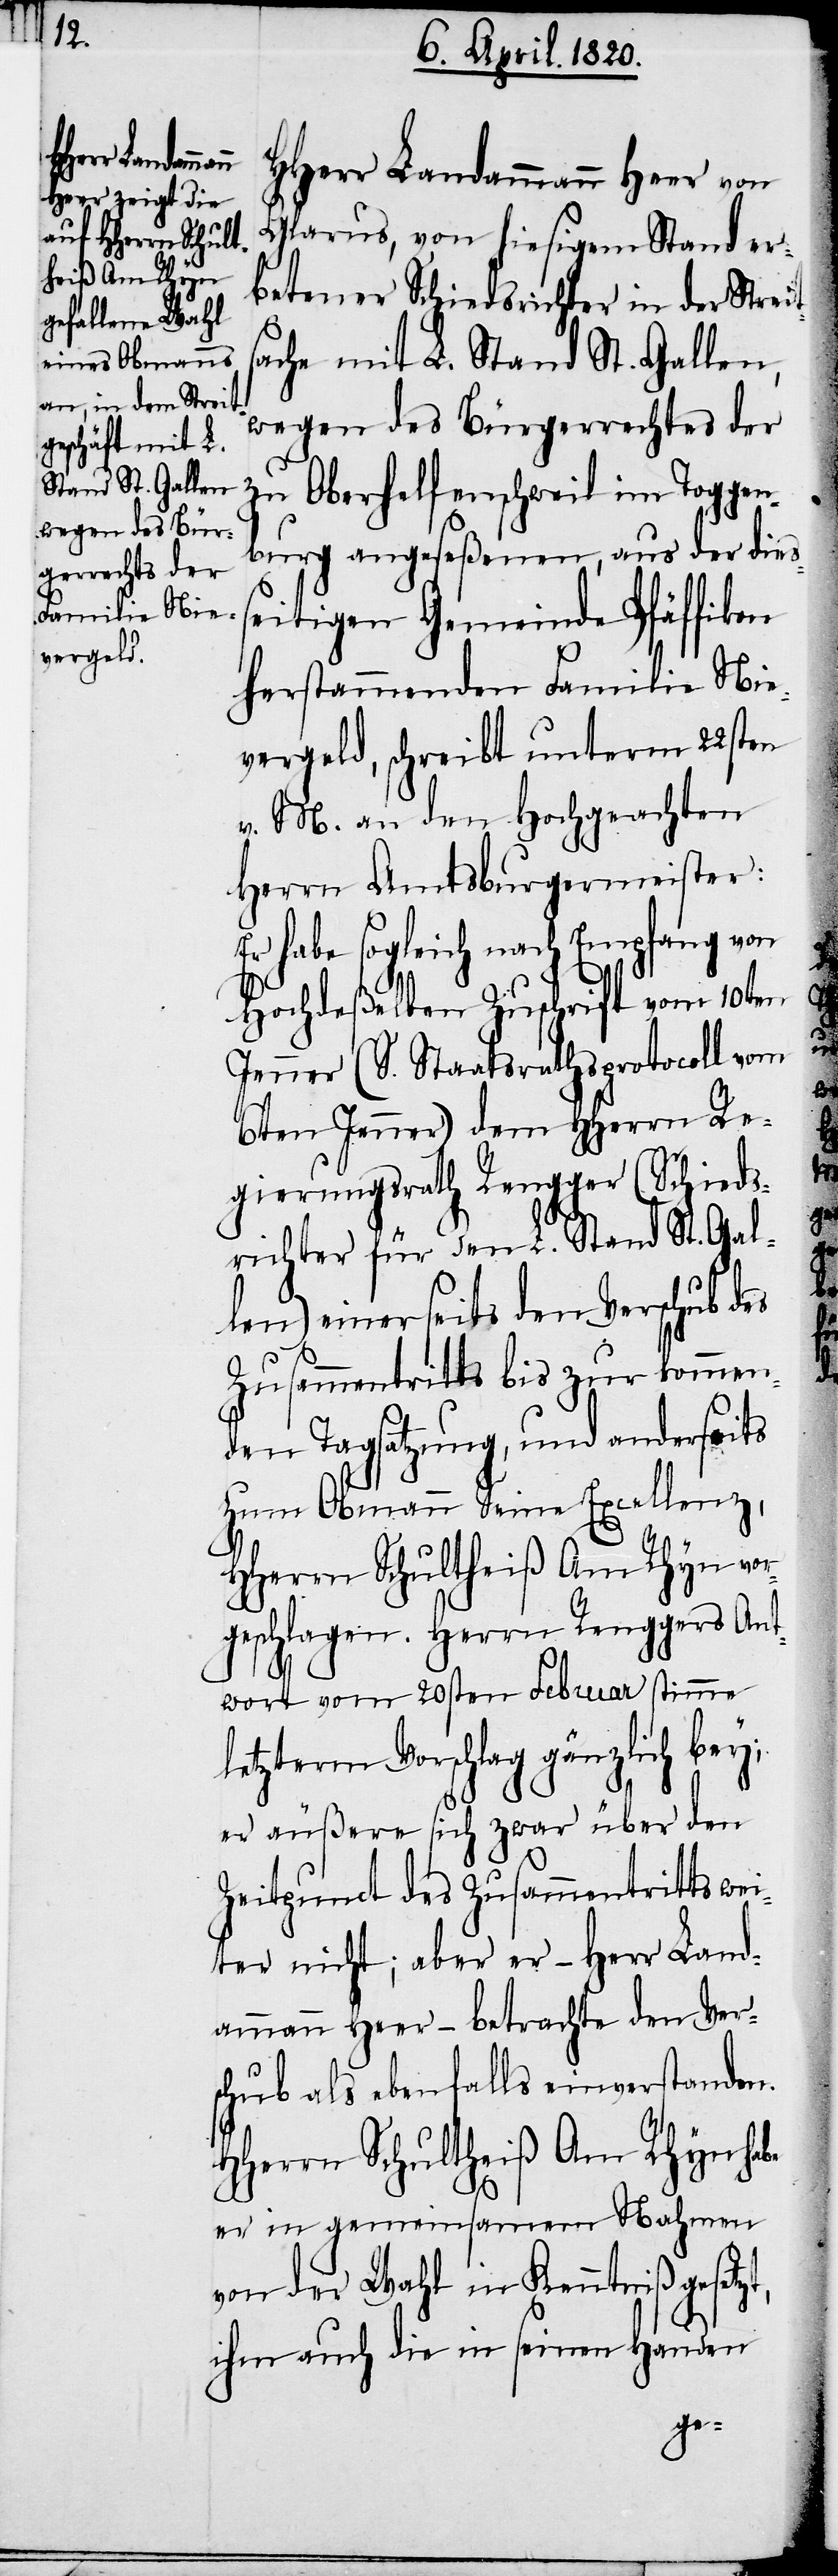
t,

HHerr Landammann Heer von
Glarus, von hiesigem Stand er¬
betener Schiedsrichter in der Streit¬
sache mit L. Stand St. Gallen,
wegen des Bürgerrechtes der
zu Oberhelfenschweil im Toggen¬
burg angeseßenen, aus der dies¬
seitigen Gemeinde Pfäffikon
herstammenden Familie Nie¬
vergeld, schreibt unterm 22sten
v. M. an den Hochgeachten
Herrn Amtsburgermeister:
Er habe sogleich nach Empfang von
Hochdeßelben Zuschrift vom 10ten
(S. Staatsrathsprotocoll vom
6ten Jenner) dem HHerrn Re¬
gierungsrath Rengger (Schieds¬
richter für den L. Stand St. Gal¬
len) einerseits den Vorschub des
Zusammentritts bis zur kommen¬
den Tagsatzung, und anderseits
zum Obmann Seine Excellenz,
HHerrn Schultheiß Am Rhyn vor¬
geschlagen. Herrn Renggers Ant¬
wort vom 20sten Februar stimme
letzterm Vorschlag gänzlich bey;
er äußere sich zwar über den
Zeitpunct des Zusammentritts wei¬
ter nicht; aber er – Herr Land¬
ammann Heer – betrachte den Ver¬
schub als ebenfalls einverstanden.
HHerrn Schultheiß Am Rhyn habe
er in gemeinsamen Nahmen
von der Wahl in Kenntniß gesetz¬
ihm auch die in seinen Handen